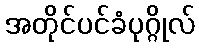
အတိုင်ပင်ခံပုဂ္ဂိုလ်